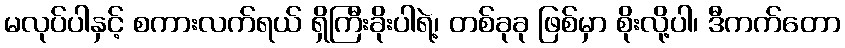
မလုပ်ပါနှင့် စကားလက်ရယ် ရှိကြီးခိုးပါရဲ့၊ တစ်ခုခု ဖြစ်မှာ စိုးလို့ပါ၊ ဒီကက်တော